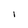
Character: l